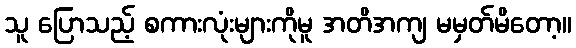
သူ ပြောသည့် စကားလုံးများကိုမူ အတိအကျ မမှတ်မိတော့။